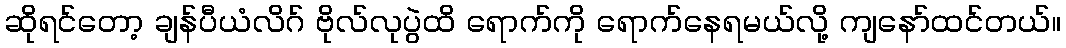
ဆိုရင်တော့ ချန်ပီယံလိဂ် ဗိုလ်လုပွဲထိ ရောက်ကို ရောက်နေရမယ်လို့ ကျနော်ထင်တယ်။